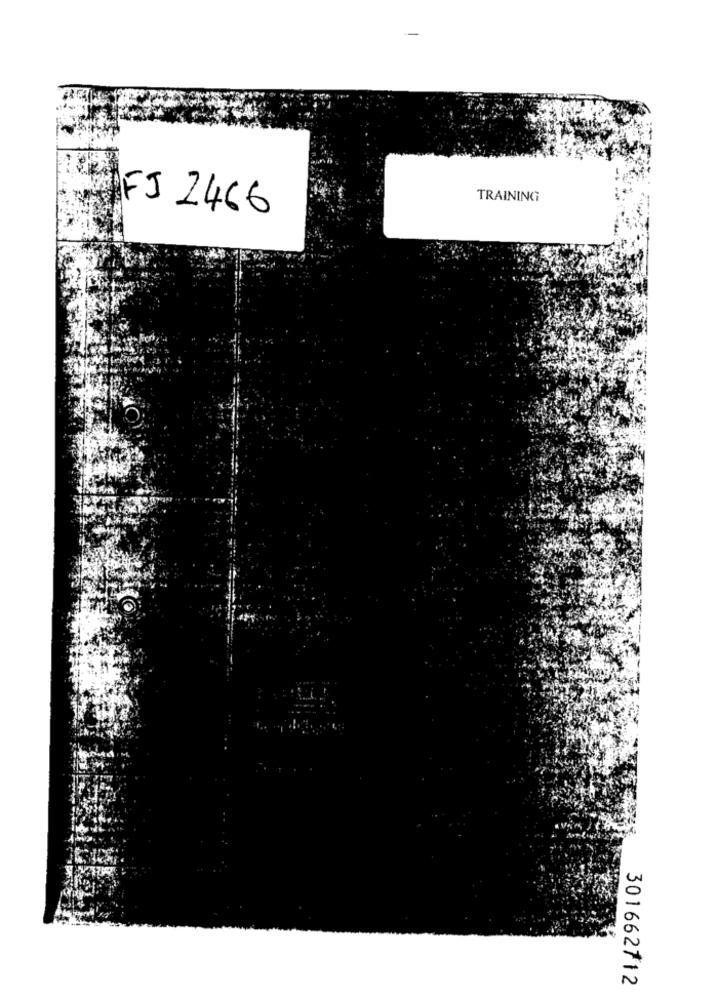
TRAINING
FJ 2466
301662712